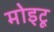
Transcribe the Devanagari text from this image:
मोइटू